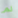
لم